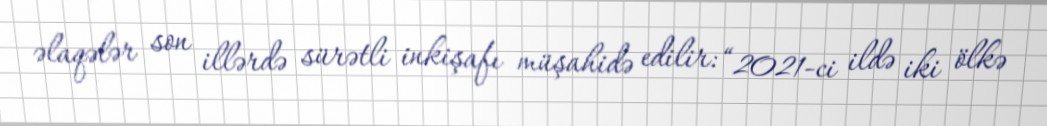
əlaqələr son illərdə sürətli inkişafı müşahidə edilir: “2021-ci ildə iki ölkə